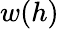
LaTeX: w(h)